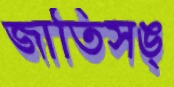
জাতিসঙ্